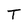
Character: T